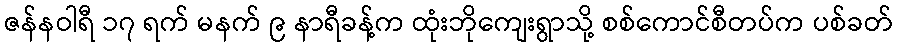
ဇန်နဝါရီ ၁၇ ရက် မနက် ၉ နာရီခန့်က ထုံးဘိုကျေးရွာသို့ စစ်ကောင်စီတပ်က ပစ်ခတ်